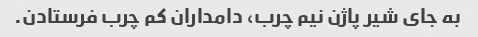
به جای شیر پاژن نیم چرب، دامداران کم چرب فرستادن.